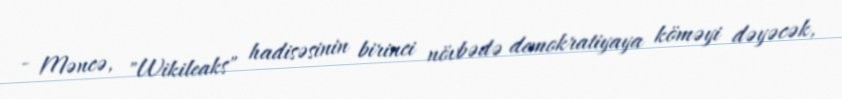
- Məncə, "Wikileaks" hadisəsinin birinci növbədə demokratiyaya köməyi dəyəcək,